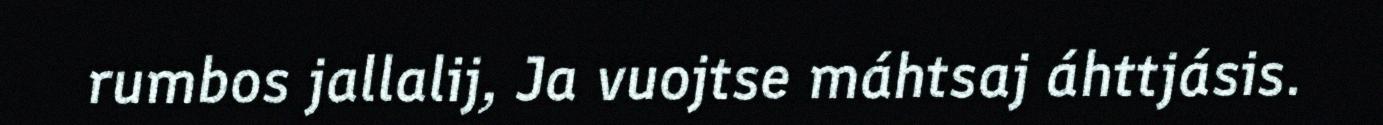
rumbos jallalij, Ja vuojtse máhtsaj áhttjásis.